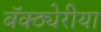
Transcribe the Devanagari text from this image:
बॅक्ठ्येरीया